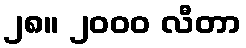
၂၈။ ၂၀၀၀ လီတာ